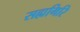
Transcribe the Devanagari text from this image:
सह्यगिरि